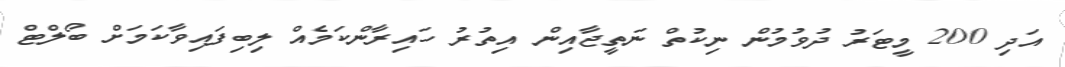
އަދި 200 މީޓަރު ދުވުމުން ނިކުތް ނަތީޖާއިން އިތުރު ހައިރާންކަމެއް ލިބިފައިވާކަަމަށް ބޯލްޓް